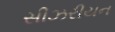
સીઝરીયન